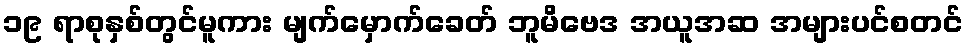
၁၉ ရာစုနှစ်တွင်မူကား မျက်မှောက်ခေတ် ဘူမိဗေဒ အယူအဆ အများပင်စတင်